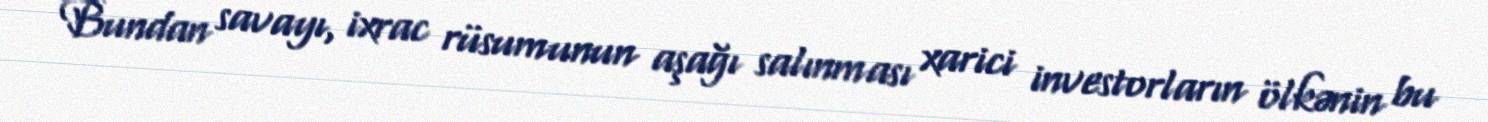
Bundan savayı, ixrac rüsumunun aşağı salınması xarici investorların ölkənin bu